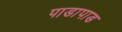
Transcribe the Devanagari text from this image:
पाडापाड